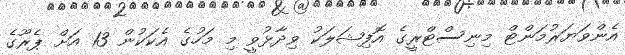
އެންވަޔަރުމަންޓް މިނިސްޓްރީގެ އޮފިޝަލަކު ވިދާޅުވީ މި މަހުގެ އެކަކުން 13 އަށް ޕެރޫގެ